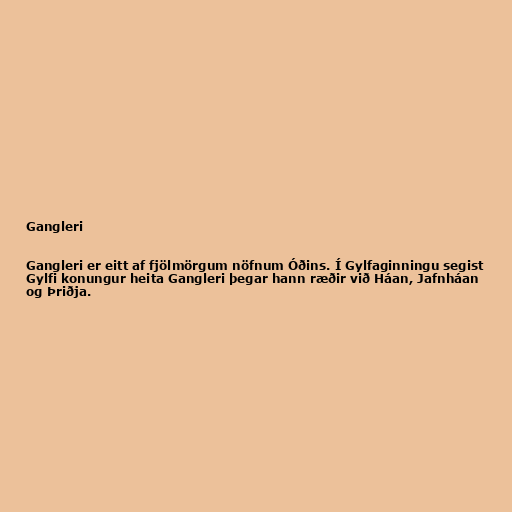
Gangleri

Gangleri er eitt af fjölmörgum nöfnum Óðins. Í Gylfaginningu segist
Gylfi konungur heita Gangleri þegar hann ræðir við Háan, Jafnháan
og Þriðja.